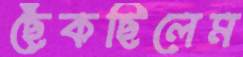
ছেঁকছিলেম